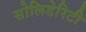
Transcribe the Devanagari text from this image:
सोलिडेरिटी